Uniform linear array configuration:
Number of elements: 16
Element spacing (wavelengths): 0.75
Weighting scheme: kaiser
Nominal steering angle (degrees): -30
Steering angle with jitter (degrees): -30.857
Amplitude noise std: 0.05
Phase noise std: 0.05

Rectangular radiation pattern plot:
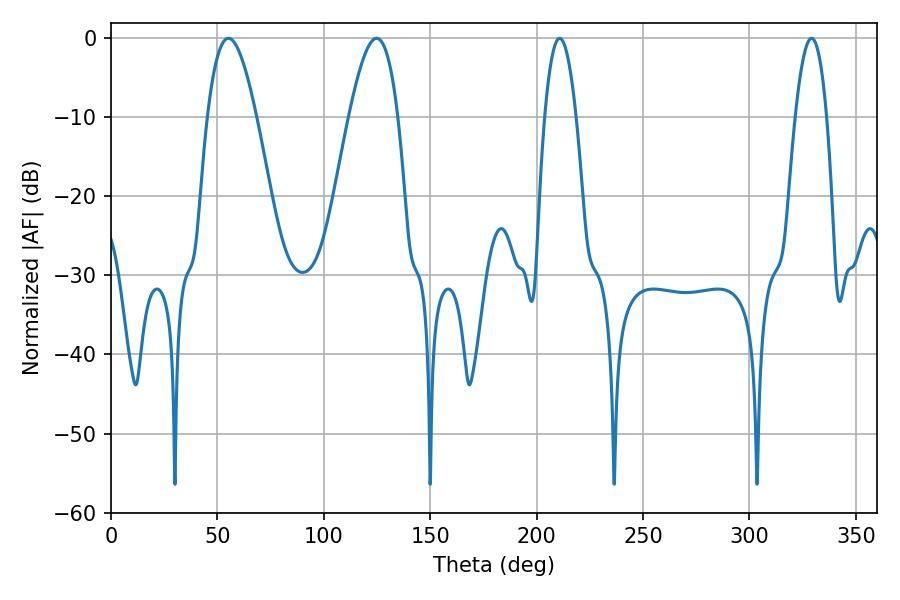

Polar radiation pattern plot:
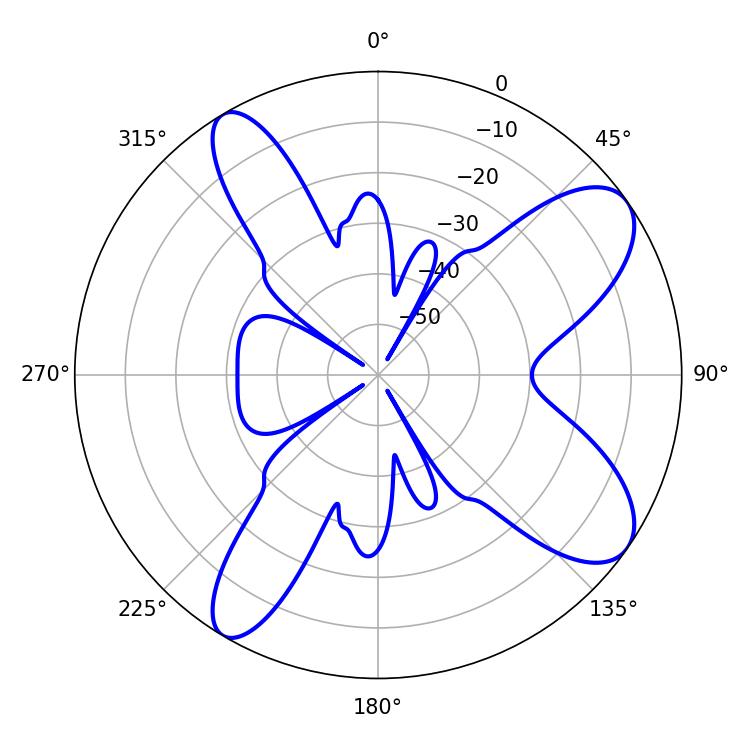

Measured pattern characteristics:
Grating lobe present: TRUE
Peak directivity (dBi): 9.313
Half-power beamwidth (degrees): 8.1
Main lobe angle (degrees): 329.22